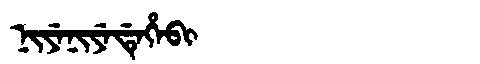
Manchu: ᠨᡳᠶᡝᠨᡳᠶᡝᡩᡝᡥᡝᠪᡳ
Romanization: NIYENIYEDEHEBI